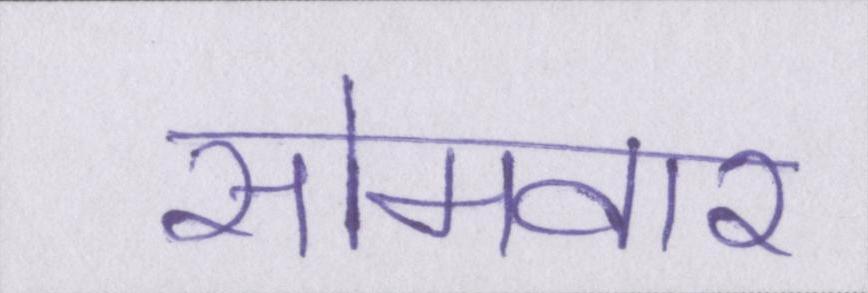
सोमवार